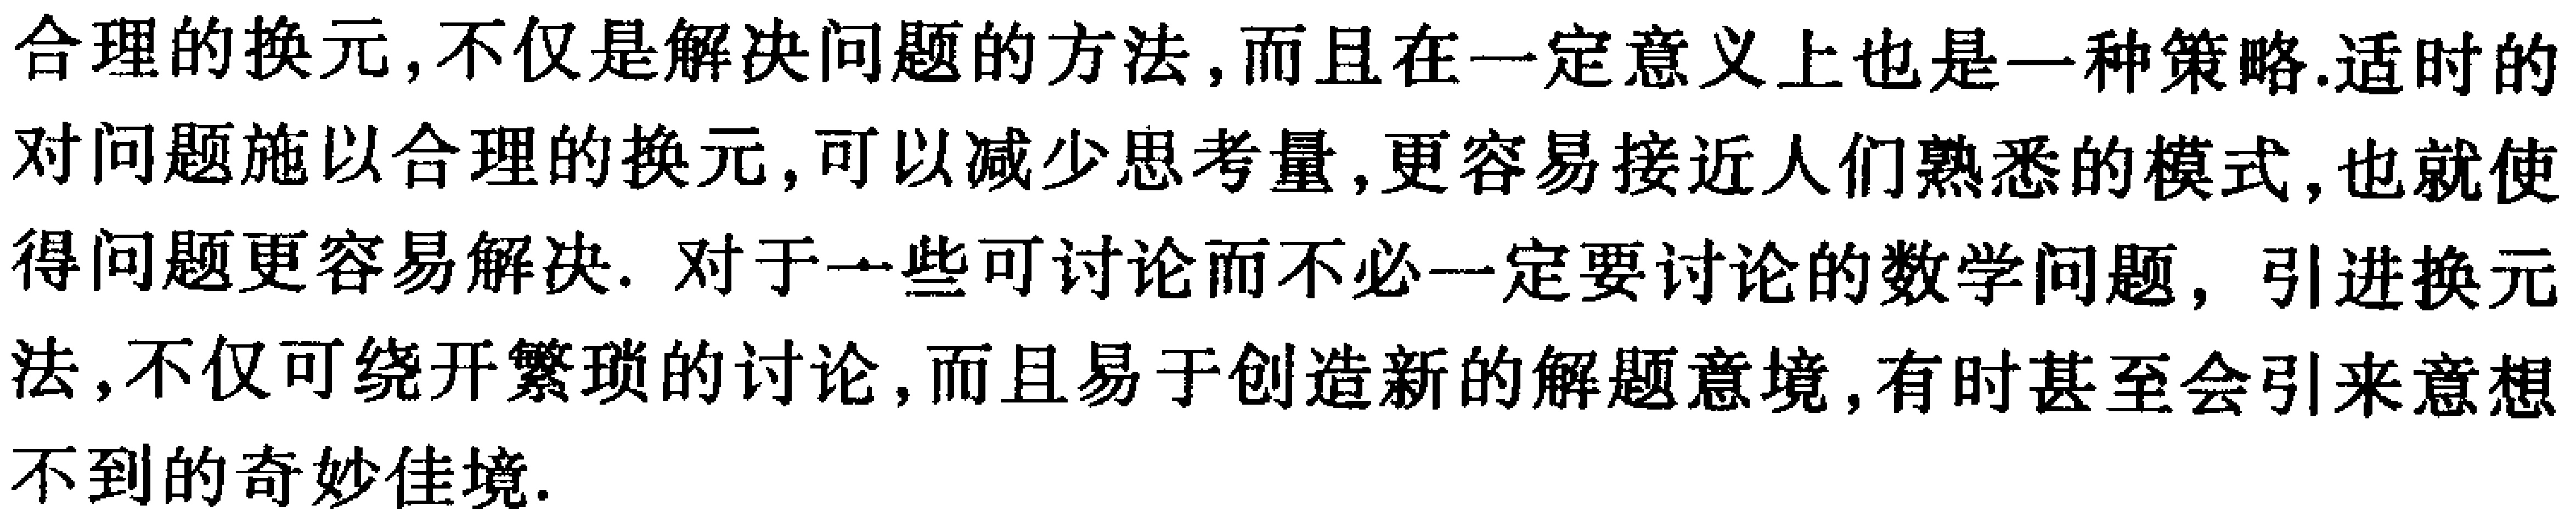
合理的换元,不仅是解决问题的方法,而且在一定意义上也是一种策略.适时的对问题施以合理的换元,可以减少思考量,更容易接近人们熟悉的模式,也就使得问题更容易解决. 对于一些可讨论而不必一定要讨论的数学问题，引进换元法,不仅可绕开繁琐的讨论,而且易于创造新的解题意境,有时甚至会引来意想不到的奇妙佳境.